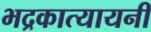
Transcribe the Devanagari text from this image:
भद्रकात्यायनी